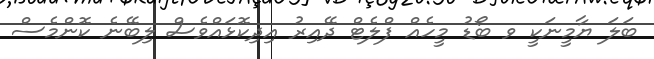
ބަލަ ޔާމީނަކީ ވ ބޯޑު މީހެއް ފްލެޓް ދޭއިރު އިދިކޮޅައްވެސް ލިބޭނެ ކޮންމެސް